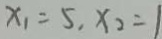
x _ { 1 } = 5 , x _ { 2 } = 1